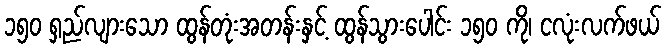
၁၅၀ ရှည်လျားသော ထွန်တုံးအတန်းနှင့် ထွန်သွားပေါင်း ၁၅၀ ကို၊ ငလုံးလက်ဖယ်